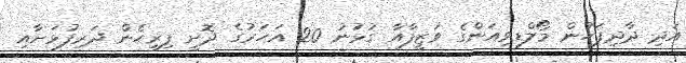
އަދި ދާދިފަހުން މޯލްޑިވިއަންގެ ވަޒީފާއާ ގުޅުނު 20 އަހަރުގެ ދޮށީ ފިރިހެން ދަރިފުޅަށާއި